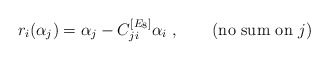
\begin{align*}\quad r_i(\alpha_j)=\alpha_j-C^{[E_8]}_{ji}\alpha_i~,\qquad\mbox{(no sum on $j$)}\end{align*}